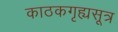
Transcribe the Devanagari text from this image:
काठकगृह्यसूत्र